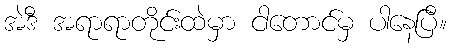
အဲဒီ အရာရာတိုင်းထဲမှာ ငါတောင်မှ ပါနေပြီ။